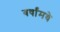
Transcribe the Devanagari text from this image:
वर्षांमधे